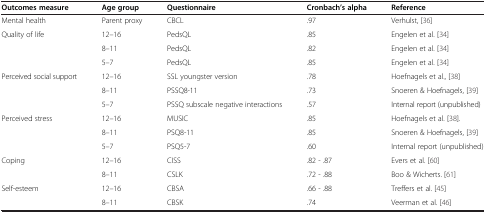
<table><thead><tr><td><b>Outcomes measure</b></td><td><b>Age group</b></td><td><b>Questionnaire</b></td><td><b>Cronbach’s alpha</b></td><td><b>Reference</b></td></tr></thead><tbody><tr><td>Mental health</td><td>Parent proxy</td><td>CBCL</td><td>.97</td><td>Verhulst, [36]</td></tr><tr><td>Quality of life</td><td>12–16</td><td>PedsQL</td><td>.85</td><td>Engelen et al. [34]</td></tr><tr><td> </td><td>8–11</td><td>PedsQL</td><td>.82</td><td>Engelen et al. [34]</td></tr><tr><td> </td><td>5–7</td><td>PedsQL</td><td>.85</td><td>Engelen et al. [34]</td></tr><tr><td>Perceived social support</td><td>12–16</td><td>SSL youngster version</td><td>.78</td><td>Hoefnagels et al., [38]</td></tr><tr><td> </td><td>8–11</td><td>PSSQ8-11</td><td>.73</td><td>Snoeren &amp; Hoefnagels, [39]</td></tr><tr><td> </td><td>5–7</td><td>PSSQ subscale negative interactions</td><td>.57</td><td>Internal report (unpublished)</td></tr><tr><td>Perceived stress</td><td>12–16</td><td>MUSIC</td><td>.85</td><td>Hoefnagels et al. [38].</td></tr><tr><td> </td><td>8–11</td><td>PSQ8-11</td><td>.85</td><td>Snoeren &amp; Hoefnagels, [39]</td></tr><tr><td> </td><td>5–7</td><td>PSQ5-7</td><td>.60</td><td>Internal report (unpublished)</td></tr><tr><td>Coping</td><td>12–16</td><td>CISS</td><td>.82 - .87</td><td>Evers et al. [60]</td></tr><tr><td> </td><td>8–11</td><td>CSLK</td><td>.72 - .88</td><td>Boo &amp; Wicherts. [61]</td></tr><tr><td>Self-esteem</td><td>12–16</td><td>CBSA</td><td>.66 - .88</td><td>Treffers et al. [45]</td></tr><tr><td> </td><td>8–11</td><td>CBSK</td><td>.74</td><td>Veerman et al. [46]</td></tr></tbody></table>